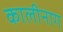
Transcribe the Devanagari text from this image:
कालीनाग